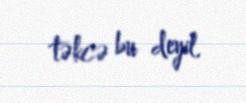
təkcə bu deyil.